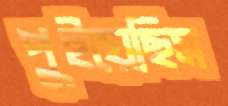
পুইয়েছিস